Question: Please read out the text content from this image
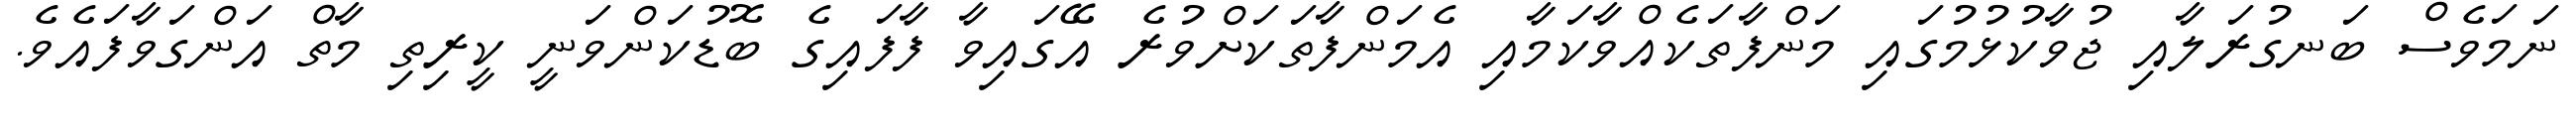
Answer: ނަމަވެސް ބަނގުރަލާއި ޖުވާކުޅުމުގައި މަންފާތަކެއްވާކަމާއި އެމަންފާތަކަށްވުރެ އޭގައިވާ ފާފައިގެ ބޮޑުކަންވަނީ ކީރިތި މާތް އަންގަވާފައެވެ.